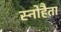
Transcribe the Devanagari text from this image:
स्नोहैता